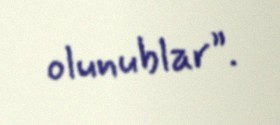
olunublar”.